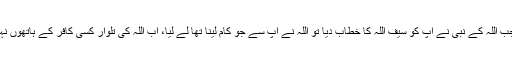
سیف اللہ خالد بن ولیدؓ کی زوجہ نے انہیں تسلی دی کہ جب اللہ کے نبیؐ نے آپ کو سیف اللہ کا خطاب دیا تو اللہ نے آپ سے جو کام لینا تھا لے لیا، اب اللہ کی تلوار کسی کافر کے ہاتھوں نہیں کٹ سکتی، آپ کی شہادت اس بستر پر لکھ دی گئی۔